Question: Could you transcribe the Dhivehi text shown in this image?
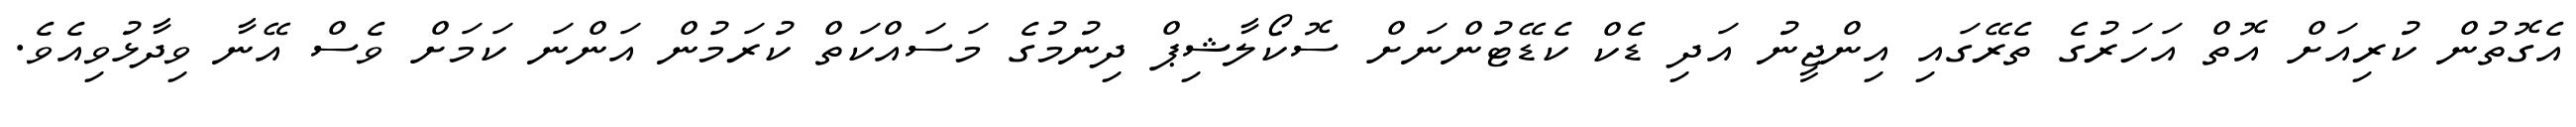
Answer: އެގޮތުން ކުރިއަށް އޮތް އަހަރުގެ ތެރޭގައި އިންޖީނު އަދި ޑެކް ކެޑޭޓުންނަށް ސޮކޯލާޝިޕް ދިނުމުގެ މަސައްކަތް ކުރަމުން އަންނަ ކަމަށް ވެސް އޭނާ ވިދާޅުވިއެވެ.